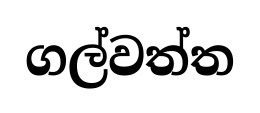
ගල්වත්ත